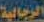
الرجالية